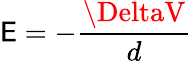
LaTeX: \mathsf{E}=-{\frac{{\DeltaV}}{{d}}}